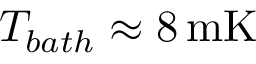
T _ { b a t h } \approx 8 \, \mathrm { m K }